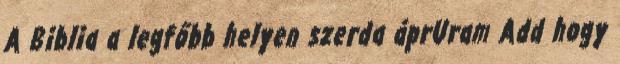
A Biblia a legfőbb helyen szerda áprUram Add hogy